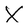
Character: X